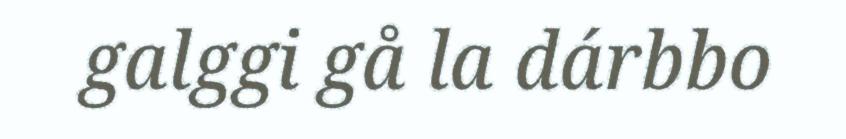
galggi gå la dárbbo